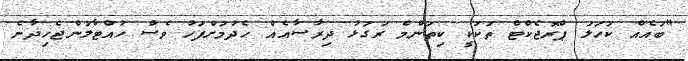
"ބައެއް ކަހަލަ ޕްރޮޖެކްޓް ތަކަކީ ކިތަންމެ ރަގަޅު ދިރާސާއެއް ހެދުމަށްފަހު ވެސް ހުއްޓާލަންޖެހިދާނެ